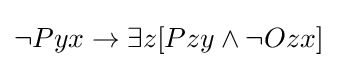
\lnot Pyx\rightarrow \exists z[Pzy\land \lnot Ozx]